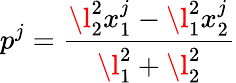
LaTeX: p^{j}=\frac{\l_{2}^{2}x_{1}^{j}-\l_{1}^{2}x_{2}^{j}}{\l_{1}^{2}+\l_{2}^{2}}